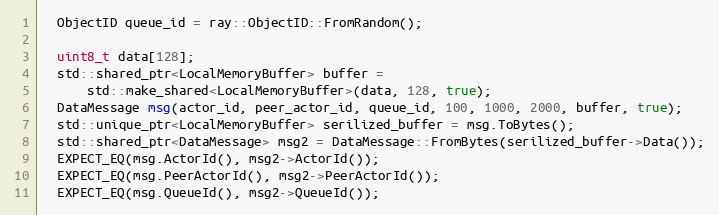
Language: C++
  ObjectID queue_id = ray::ObjectID::FromRandom();

  uint8_t data[128];
  std::shared_ptr<LocalMemoryBuffer> buffer =
      std::make_shared<LocalMemoryBuffer>(data, 128, true);
  DataMessage msg(actor_id, peer_actor_id, queue_id, 100, 1000, 2000, buffer, true);
  std::unique_ptr<LocalMemoryBuffer> serilized_buffer = msg.ToBytes();
  std::shared_ptr<DataMessage> msg2 = DataMessage::FromBytes(serilized_buffer->Data());
  EXPECT_EQ(msg.ActorId(), msg2->ActorId());
  EXPECT_EQ(msg.PeerActorId(), msg2->PeerActorId());
  EXPECT_EQ(msg.QueueId(), msg2->QueueId());